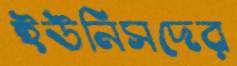
ইউনিসদের